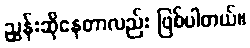
ညွှန်းဆိုနေတာလည်း ဖြစ်ပါတယ်။